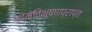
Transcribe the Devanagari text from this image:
पद्मविभूषणप्राप्त